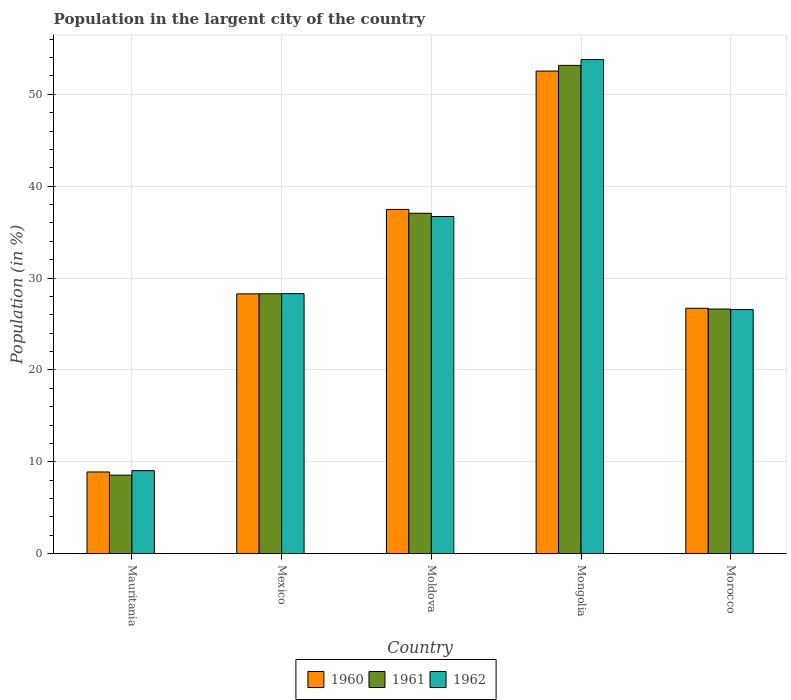
| Country | 1960 | 1961 | 1962 |
 | --- | --- | --- | --- |
 | Mauritania | 8.9 | 8.55 | 9.04 |
 | Mexico | 28.3 | 28.3 | 28.3 |
 | Moldova | 37.5 | 37.1 | 36.7 |
 | Mongolia | 52.5 | 53.1 | 53.8 |
 | Morocco | 26.7 | 26.6 | 26.6 |